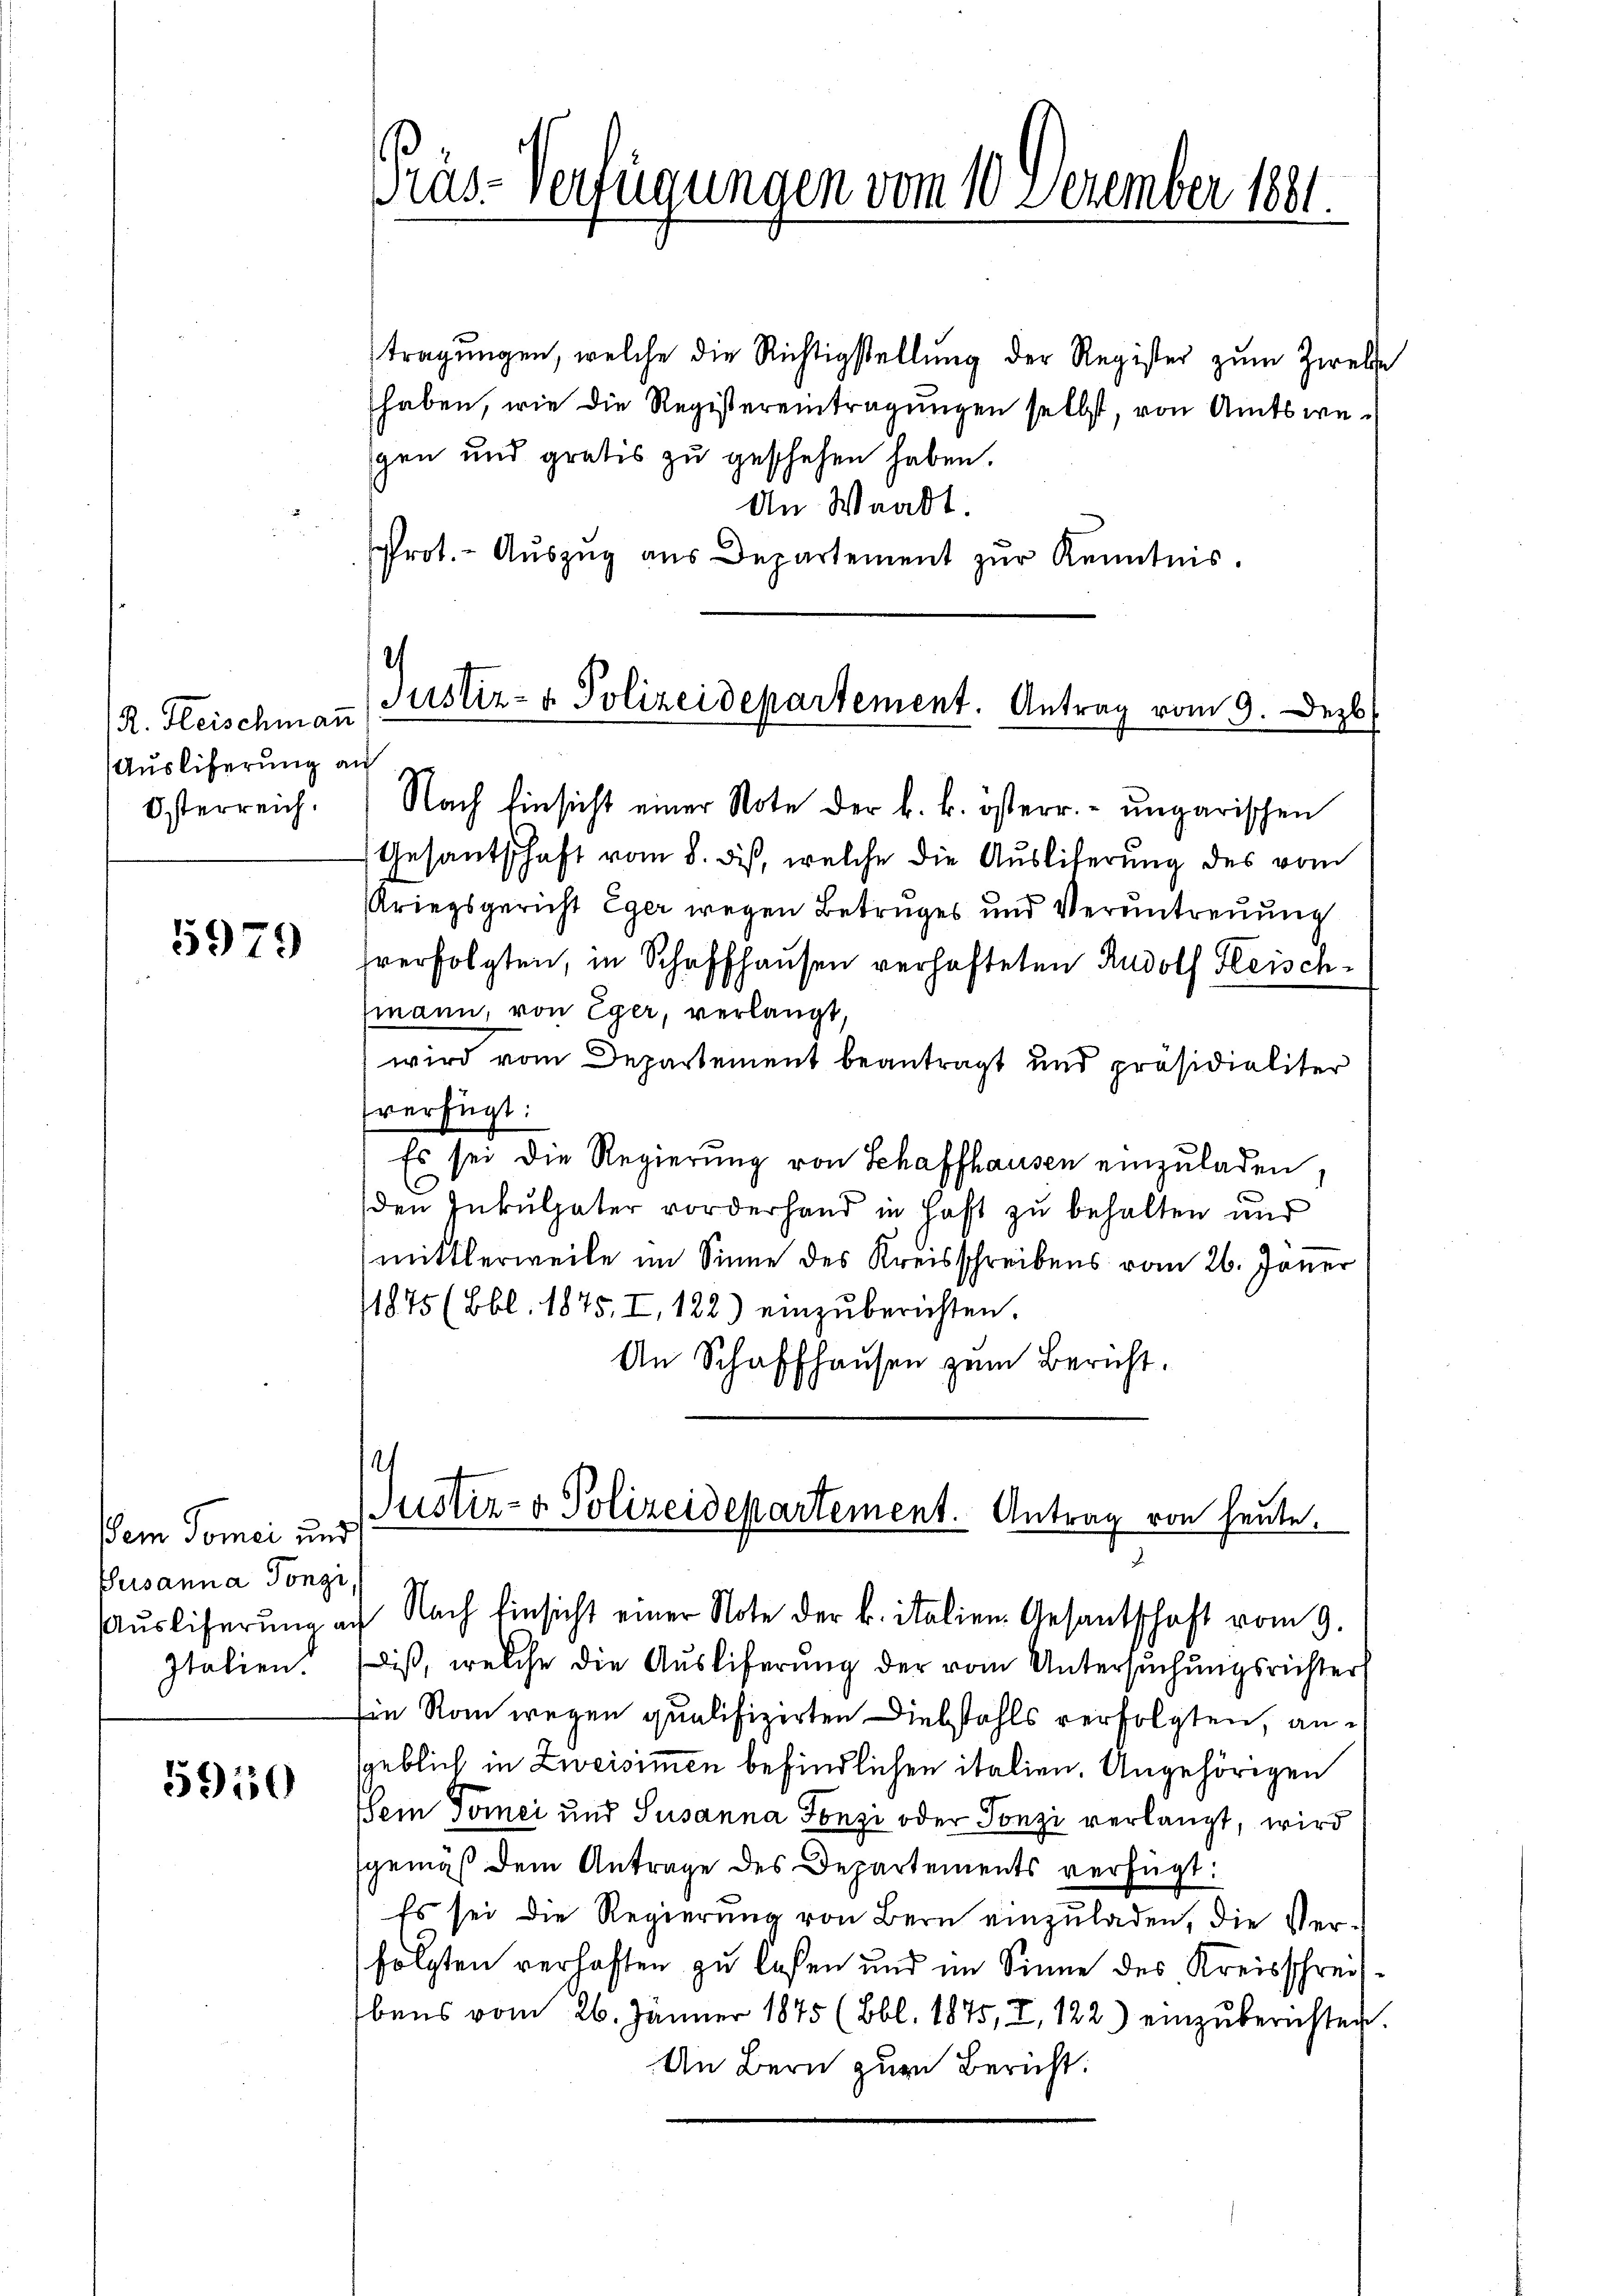
R. Fleischmann
Ausliferung an
Österreich.

5979

Dem Tomei und
Susanna Tonzi

5910

Präs-Verfügungen vom 10. Dezember 1881.

tragŭngen, welche die Richtigstellŭng der Register zum Zweife
haben, wie die Registereintragungen selbst, von Amtswegen und gratis zŭ geschehen haben.
An Waadt.
sprot. - Auszug aus Departement zur Kenntnis.

.
Justiz- & Polizeidepartement. Antrag vom 9. Dezb

Nach Einsicht einer Note der k. k. österr. ungarischen
Gesantschaft vom 8. des, welche die Ausliterung des vom
Kriegsgericht Eger wegen Betruges und Veruntreuung
sverfolgten, in Schaffhausen verhafteten Rudolf Heischmann, von Eger, verlangt,
wird vom Departement beantragt und präsidialiter
verfügt:
Es sei die Regierung von Schaffhausen einzuladen,
den Inkulpater vorderhand in Haft zu behalten und
mittlerweile im Sinne des Kreisschreibens vom 26. Janer
1875 (Bbl. 1875. I. 122) einzuberichten.
An Schaffhaŭsen zum Bericht.
e
Justiz- & Polizeidepartement. Antrag von heute.

Aŭsliferŭng auf Nach Einsicht einer Note der k. italien Gesantschaft vom 9.
Italien. Elis, welche die Aŭsliferŭng der vom Untersŭchŭngsrichter
Ein Rom wegen qualifizirten Diebstahls verfolgten, ansgeblich in Zweisimmen befindlichen italien, Angehörigen
Klein Tomei und Susanna Tonzi oder Tonzi verlangt, wird
gemäß dem Antrage des Departements verfügt:
Es sei die Regierung von Bern einzuladen, die Verfolgten verhaften zu laßen und im Sinne des Kreisschreib¬
Ebens vom 26. Jänner 1875 (Bbl. 1875, I, 122) einzŭberichten.
An Bern zur Bericht.